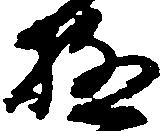
極